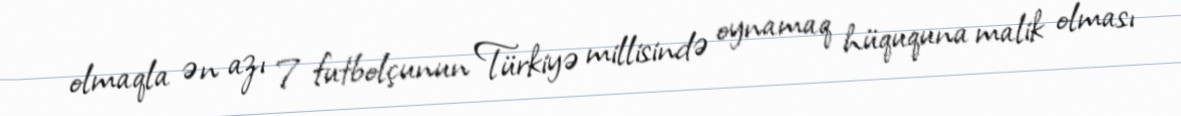
olmaqla ən azı 7 futbolçunun Türkiyə millisində oynamaq hüququna malik olması